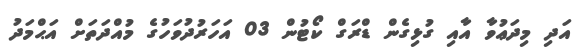
އަދި މިދަޢުވާ އާއި ގުޅިގެން ޑްރަގް ކޯޓުން 03 އަހަރުދުވަހުގެ މުއްދަތަށް އަޙްމަދު